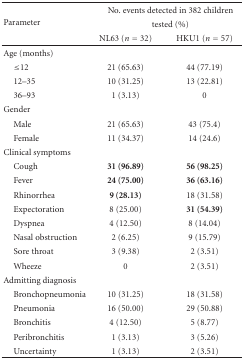
<table><thead><tr><td rowspan="3"><b>Parameter</b></td><td colspan="2"><b>No. events detected in 382 children</b></td></tr><tr><td colspan="2"><b>tested (%)</b></td></tr><tr><td><b>NL63 (<i>n</i> = 32)</b></td><td><b>HKU1 (<i>n</i> = 57)</b></td></tr></thead><tbody><tr><td>Age (months)</td><td></td><td></td></tr><tr><td>≤12</td><td>21 (65.63)</td><td>44 (77.19)</td></tr><tr><td> 12–35</td><td>10 (31.25)</td><td>13 (22.81)</td></tr><tr><td> 36–93</td><td>1 (3.13)</td><td>0</td></tr><tr><td>Gender</td><td></td><td></td></tr><tr><td> Male</td><td>21 (65.63)</td><td>43 (75.4)</td></tr><tr><td> Female</td><td>11 (34.37)</td><td>14 (24.6)</td></tr><tr><td>Clinical symptoms</td><td></td><td></td></tr><tr><td> Cough</td><td><b>31 (96.89)</b></td><td><b>56 (98.25)</b></td></tr><tr><td> Fever</td><td><b>24 (75.00)</b></td><td><b>36 (63.16)</b></td></tr><tr><td> Rhinorrhea</td><td><b>9 (28.13)</b></td><td>18 (31.58)</td></tr><tr><td> Expectoration</td><td>8 (25.00)</td><td><b>31 (54.39)</b></td></tr><tr><td> Dyspnea</td><td>4 (12.50)</td><td>8 (14.04)</td></tr><tr><td> Nasal obstruction</td><td>2 (6.25)</td><td>9 (15.79)</td></tr><tr><td> Sore throat</td><td>3 (9.38)</td><td>2 (3.51)</td></tr><tr><td> Wheeze</td><td>0</td><td>2 (3.51)</td></tr><tr><td>Admitting diagnosis</td><td></td><td></td></tr><tr><td> Bronchopneumonia</td><td>10 (31.25)</td><td>18 (31.58)</td></tr><tr><td> Pneumonia</td><td>16 (50.00)</td><td>29 (50.88)</td></tr><tr><td> Bronchitis</td><td>4 (12.50)</td><td>5 (8.77)</td></tr><tr><td> Peribronchitis</td><td>1 (3.13)</td><td>3 (5.26)</td></tr><tr><td> Uncertainty</td><td>1 (3.13)</td><td>2 (3.51)</td></tr></tbody></table>